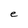
Character: e